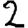
Digit: 2